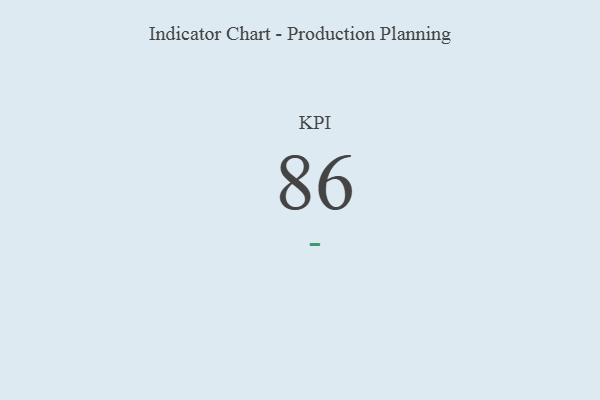
{"axis": {"x": "KPI", "y": "Value"}, "legend": [""], "data": [{"x": "KPI", "y": 86, "type": ""}]}